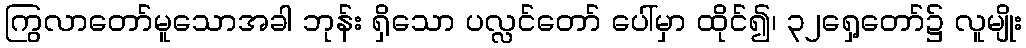
ကြွလာတော်မူသောအခါ ဘုန်း ရှိသော ပလ္လင်တော် ပေါ်မှာ ထိုင်၍၊ ၃၂ရှေ့တော်၌ လူမျိုး